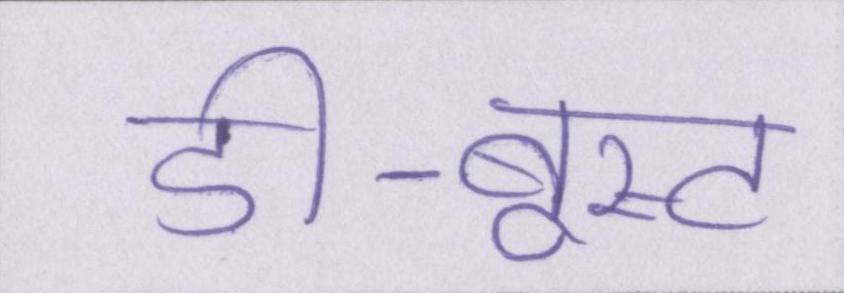
डी-बूस्ट